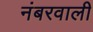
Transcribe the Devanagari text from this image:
नंबरवाली